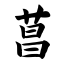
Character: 菖